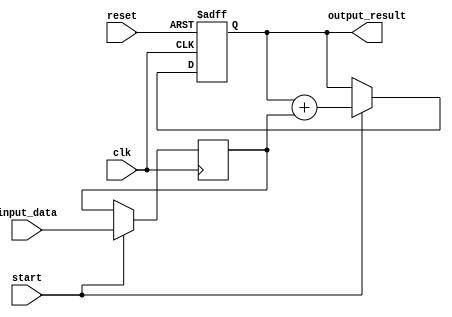
module parallel_accumulator (
    input clk,
    input reset,
    input [7:0] input_data,
    input start,
    output reg [31:0] output_result
);

reg [7:0] data_in;
reg [31:0] accumulator;

always @(posedge clk or posedge reset) begin
    if (reset) begin
        accumulator <= 0;
    end else if (start) begin
        accumulator <= accumulator + data_in;
    end
end

always @(posedge clk) begin
    if (start) begin
        data_in <= input_data;
    end
end

assign output_result = accumulator;

endmodule